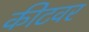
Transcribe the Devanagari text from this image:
कीटवर